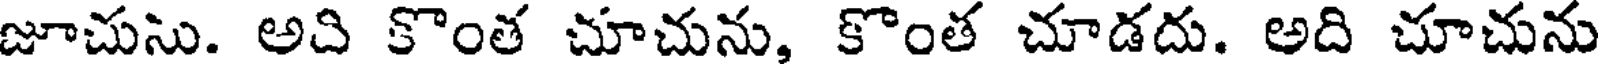
జూచుసు. అది కొంత చూచును, కొంత చూడదు. అది చూచును